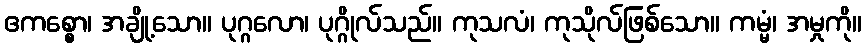
ဧကစ္စော၊ အချို့သော။ ပုဂ္ဂလော၊ ပုဂ္ဂိုလ်သည်။ ကုသလံ၊ ကုသိုလ်ဖြစ်သော။ ကမ္မံ၊ အမှုကို။